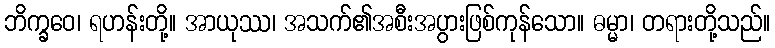
ဘိက္ခဝေ၊ ရဟန်းတို့။ အာယုဿ၊ အသက်၏အစီးအပွားဖြစ်ကုန်သော။ ဓမ္မာ၊ တရားတို့သည်။